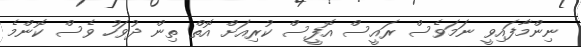
ނިންމާފައިވީ ނަމަވެސް ރައީސް އޮފީސް ކުރިއަަށް އޮތް ތިން ދުވަހު ވެސް ކޮންމެ